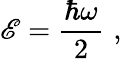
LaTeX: {\cal\mathscr{E}}={\frac{{\hbar\omega}}{{2}}}\, \, ,